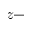
z -